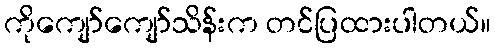
ကိုကျော်ကျော်သိန်းက တင်ပြထားပါတယ်။